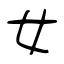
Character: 女